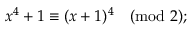
x ^ { 4 } + 1 \equiv ( x + 1 ) ^ { 4 } { \pmod { 2 } } ;